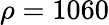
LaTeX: \rho=1060